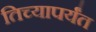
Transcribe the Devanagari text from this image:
तिच्यापर्यंत